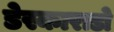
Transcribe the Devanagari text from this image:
डेस्काराडो